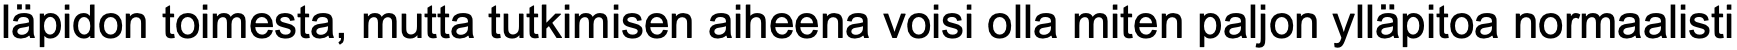
läpidon toimesta, mutta tutkimisen aiheena voisi olla miten paljon ylläpitoa normaalisti